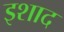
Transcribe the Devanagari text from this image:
इशाद